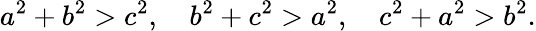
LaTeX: a^{2}+b^{2}>c^{2},\quad b^{2}+c^{2}>a^{2},\quad c^{2}+a^{2}>b^{2}.